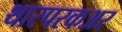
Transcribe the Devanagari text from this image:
थारपरकअर